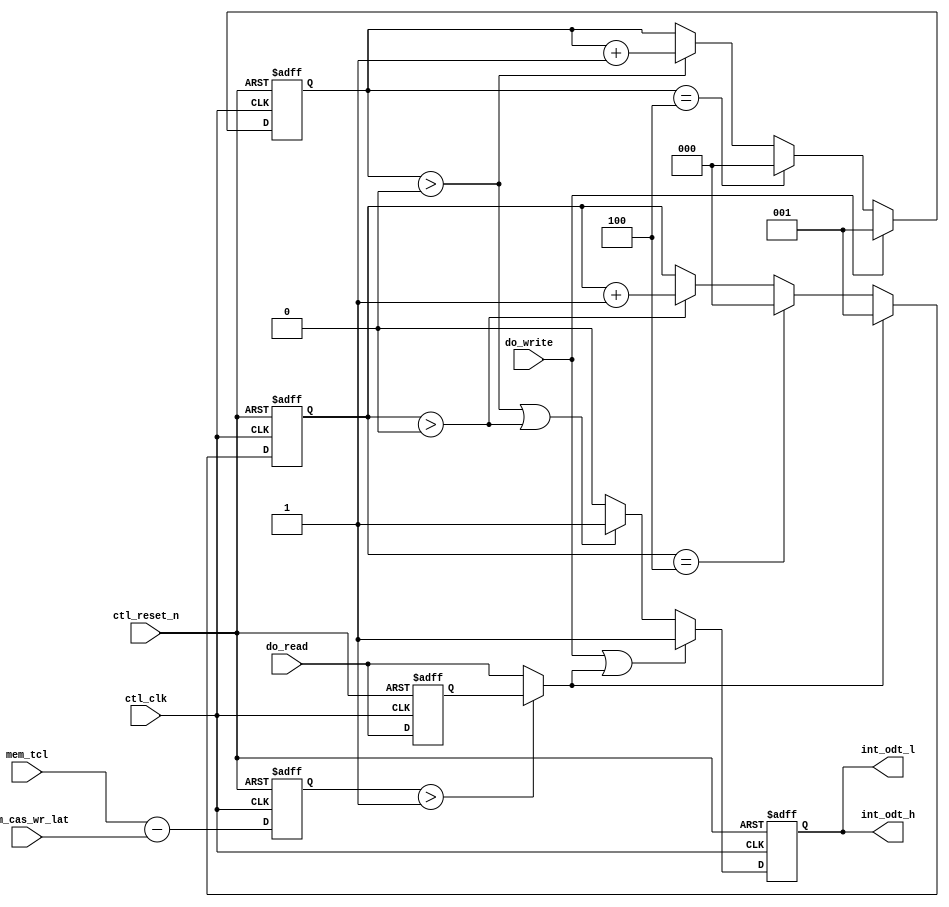
module alt_ddrx_ddr3_odt_gen
    # (parameter
        DWIDTH_RATIO            =   2,
        TCL_BUS_WIDTH           =   4,
        CAS_WR_LAT_BUS_WIDTH    =   4
    )
    (
        ctl_clk,
        ctl_reset_n,
        mem_tcl,
        mem_cas_wr_lat,
        do_write,
        do_read,
        int_odt_l,
        int_odt_h
    );
    
    input   ctl_clk;
    input   ctl_reset_n;
    input   [TCL_BUS_WIDTH-1:0]         mem_tcl;
    input   [CAS_WR_LAT_BUS_WIDTH-1:0]  mem_cas_wr_lat;
    input   do_write;
    input   do_read;
    output  int_odt_l;
    output  int_odt_h;
    
    wire    do_write;
    wire    int_do_read;
    reg     do_read_r;
    
    wire [3:0]  diff_unreg; // difference between CL and CWL
    reg  [3:0]  diff;
    
    reg     int_odt_l_int;
    reg     int_odt_l_int_r;
    
    wire    int_odt_l;
    wire    int_odt_h;
    reg [2:0]   doing_write_count;
    reg [2:0]   doing_read_count;
    
    // AL also applies to ODT signal so ODT logic is AL agnostic
    // also regdimm because ODT is registered too
    // ODTLon = CWL + AL - 2
    // ODTLoff = CWL + AL - 2
    
    assign  diff_unreg  =   mem_tcl - mem_cas_wr_lat;
    assign  int_do_read =   (diff > 1) ? do_read_r : do_read;
    
    generate
        if (DWIDTH_RATIO == 2) // full rate
            begin
                assign  int_odt_h   = int_odt_l_int;
                assign  int_odt_l   = int_odt_l_int;
            end
        else // half rate
            begin
                assign  int_odt_h   = int_odt_l_int | do_write | (int_do_read & ~|diff);
                assign  int_odt_l   = int_odt_l_int | int_odt_l_int_r;
            end
    endgenerate
    
    always @(posedge ctl_clk, negedge ctl_reset_n)
        begin
            if (!ctl_reset_n)
                diff    <=  0;
            else
                diff    <=  diff_unreg;
        end
    
    always @(posedge ctl_clk, negedge ctl_reset_n)
        begin
            if (!ctl_reset_n)
                do_read_r   <=  0;
            else
                do_read_r   <=  do_read;
        end
    
    always @(posedge ctl_clk, negedge ctl_reset_n)
        begin
            if (!ctl_reset_n)
                doing_write_count   <=  0;
            else
                if (do_write)
                    doing_write_count   <=  1;
                else if ((DWIDTH_RATIO == 2 && doing_write_count == 4) || (DWIDTH_RATIO != 2 && doing_write_count == 1))
                    doing_write_count   <=  0;
                else if (doing_write_count > 0)
                    doing_write_count   <=  doing_write_count + 1'b1;
        end
    
    always @(posedge ctl_clk, negedge ctl_reset_n)
        begin
            if (!ctl_reset_n)
                doing_read_count   <=  0;
            else
                if (int_do_read)
                    doing_read_count   <=  1;
                else if ((DWIDTH_RATIO == 2 && doing_read_count == 4) || (DWIDTH_RATIO != 2 && doing_read_count == 1))
                    doing_read_count   <=  0;
                else if (doing_read_count > 0)
                    doing_read_count   <=  doing_read_count + 1'b1;
        end
    
    always @(posedge ctl_clk, negedge ctl_reset_n)
        begin
            if (!ctl_reset_n)
                int_odt_l_int         <=  1'b0;
            else
                if (do_write || int_do_read)
                    int_odt_l_int         <=  1'b1;
                else if (doing_write_count > 0 || doing_read_count > 0)
                    int_odt_l_int         <=  1'b1;
                else
                    int_odt_l_int         <=  1'b0;
        end
    
    always @(posedge ctl_clk, negedge ctl_reset_n)
        begin
            if (!ctl_reset_n)
                int_odt_l_int_r         <=  1'b0;
            else
                int_odt_l_int_r         <=  int_odt_l_int;
        end

endmodule